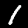
Digit: 1